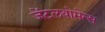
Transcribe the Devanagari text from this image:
जेंटलवोमेन्स